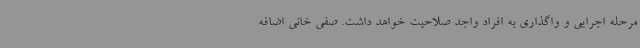
مرحله اجرایی و واگذاری به افراد واجد صلاحیت خواهد داشت. صفی خانی اضافه